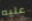
عليه